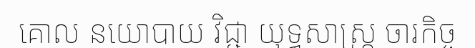
គោល នយោបាយ វិជ្ជា យុទ្ធសាស្ត្រ ចារកិច្ច